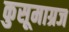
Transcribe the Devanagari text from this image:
कुसूमाग्रज